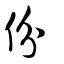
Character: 份